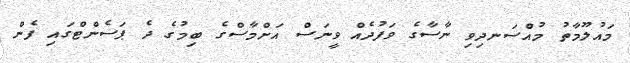
މައުލޫމާތު މުއްސަނދިވި ނާސާގެ ވަފުދެއް ވީނަސް އަށްމާސްގެ ބިމުގެ ދެ ޕަސެންޓްގައި ފެން